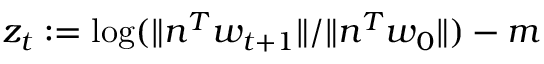
z _ { t } : = \log ( \| n ^ { T } w _ { t + 1 } \| / \| n ^ { T } w _ { 0 } \| ) - m